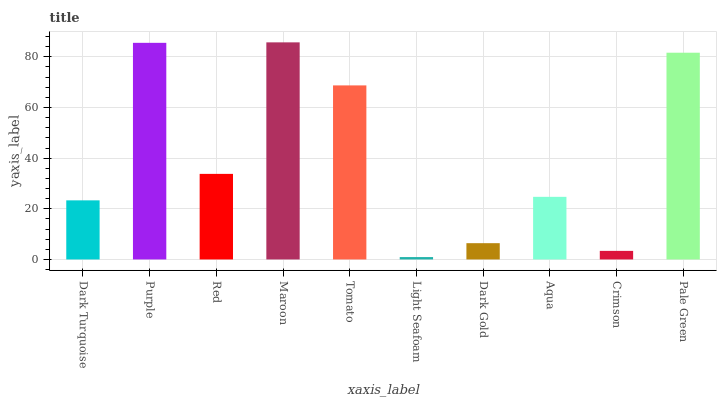
| xaxis_label | bars |
 | --- | --- |
 | Dark Turquoise | 23.3 |
 | Purple | 85.5 |
 | Red | 33.8 |
 | Maroon | 85.7 |
 | Tomato | 68.7 |
 | Light Seafoam | 0.942 |
 | Dark Gold | 6.43 |
 | Aqua | 24.7 |
 | Crimson | 3.38 |
 | Pale Green | 81.6 |